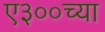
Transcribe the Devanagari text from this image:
ए३००च्या